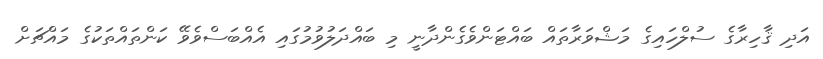
އަދި ޤާހިރާގެ ސުލްހައިގެ މަޝްވަރާތައް ބައްޓަންވެގެންދާނީ މި ބައްދަލުވުމުގައި އެއްބަސްވެވޭ ކަންތައްތަކުގެ މައްޗަށް